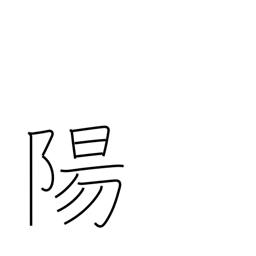
Meaning: heaven